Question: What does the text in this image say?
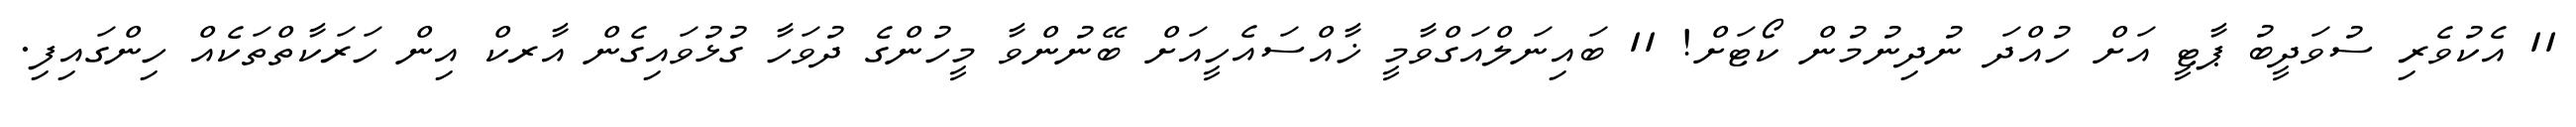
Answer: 11 އެކުވެރި ސުވަދީބު ޕާޓީ އަށް ހުއްދަ ނުދިނުމުން ކޯޓަށް! 11 ބައިނަލްއަގްވާމީ ޚާއްސައެހީއަށް ބޭނުންވާ މީހުންގެ ދުވަހާ ގުޅުވައިގެން އާރކް އިން ހަރަކާތްތަކެއް ހިންގައިފި.